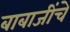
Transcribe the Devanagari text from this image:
बाबाजींचे